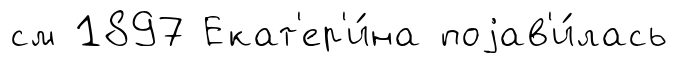
см 1897 Екат'ер'и́на поjав'и́лась